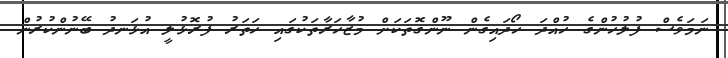
ނަމަވެސް ފުލުހުންގެ ހުއްދަ ހޯދައިގެން ނޫންގޮތަކަށް މުޒާހަރާތަކުގައި ހަތަރު ފުރޮޅުލީ އުޅަނދު ބޭނުންކުރުން